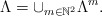
\begin{align*}\Lambda = \cup_{m\in \mathbb{N}^2} \Lambda^m. \end{align*}